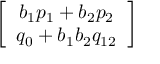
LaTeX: \left[ \begin{array} { c } { { b _ { 1 } p _ { 1 } + b _ { 2 } p _ { 2 } } } \\ { { q _ { 0 } + b _ { 1 } b _ { 2 } q _ { 1 2 } } } \end{array} \right]